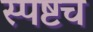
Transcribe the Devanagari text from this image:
स्पष्टच